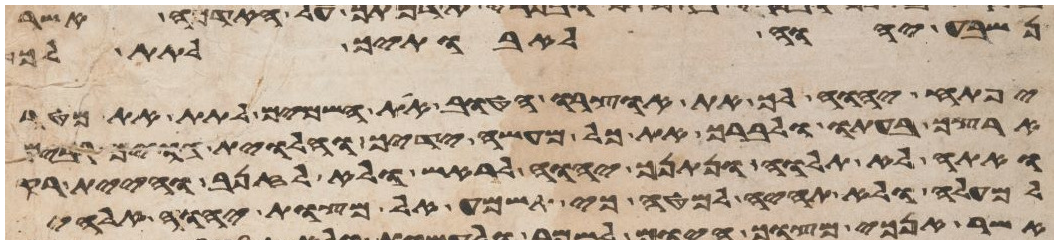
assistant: נשבע יהוה לאבתיך לתת לך
יפתח יהוה לך את אוצרו הטוב את השמים לתת את מטר
ארצך בעתו לברך את כל מעשה ידיך והלוית גוים רבים
ואתה לא תלוה ונתנך יהוה לראש ולא לזנב והיית רק
למעלה ולא תהיה למטה כי תשמע אל מצות יהוה אלהיך